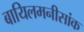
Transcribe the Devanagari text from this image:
बायिलमनीसांक